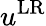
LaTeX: u^{\mathrm{LR}}